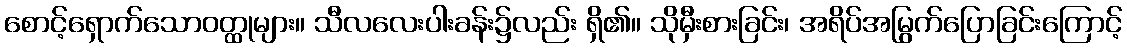
စောင့်ရှောက်သောဝတ္ထုများ။ သီလလေးပါးခန်း၌လည်း ရှိ၏။ သိုမှီးစားခြင်း၊ အရိပ်အမြွက်ပြောခြင်းကြောင့်